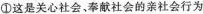
①这是关心社会，奉 献社会的亲社会行为